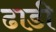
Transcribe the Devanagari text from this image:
ढाडी